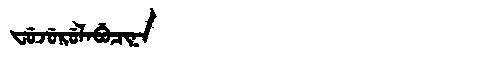
Manchu: ᠸᡠᠵᡠᡵᡠᠯᠠᠪᡠᠴᡳᠨᠠ
Romanization: FUJURULABUCINA